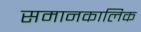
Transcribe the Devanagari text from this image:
समानकालिक